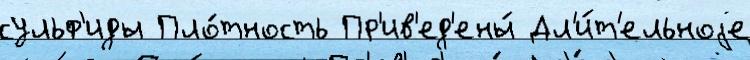
сульф'иды Пло́тность Пр'ив'ед'ены́ Дл'и́т'ельноjе